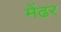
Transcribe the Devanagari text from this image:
मेंढर